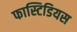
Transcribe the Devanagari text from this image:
फास्टिडियस